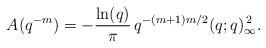
LaTeX: \begin{align*}A(q^{-m})=-\frac{\ln(q)}{\pi}\, q^{-(m+1)m/2}(q;q)_{\infty}^{\,2}.\end{align*}